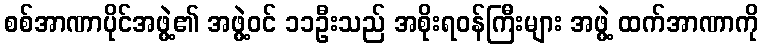
စစ်အာဏာပိုင်အဖွဲ့၏ အဖွဲ့ဝင် ၁၁ဦးသည် အစိုးရဝန်ကြီးများ အဖွဲ့ ထက်အာဏာကို